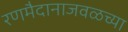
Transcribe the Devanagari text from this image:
रणमैदानाजवळच्या